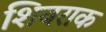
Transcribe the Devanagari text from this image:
शिवराक